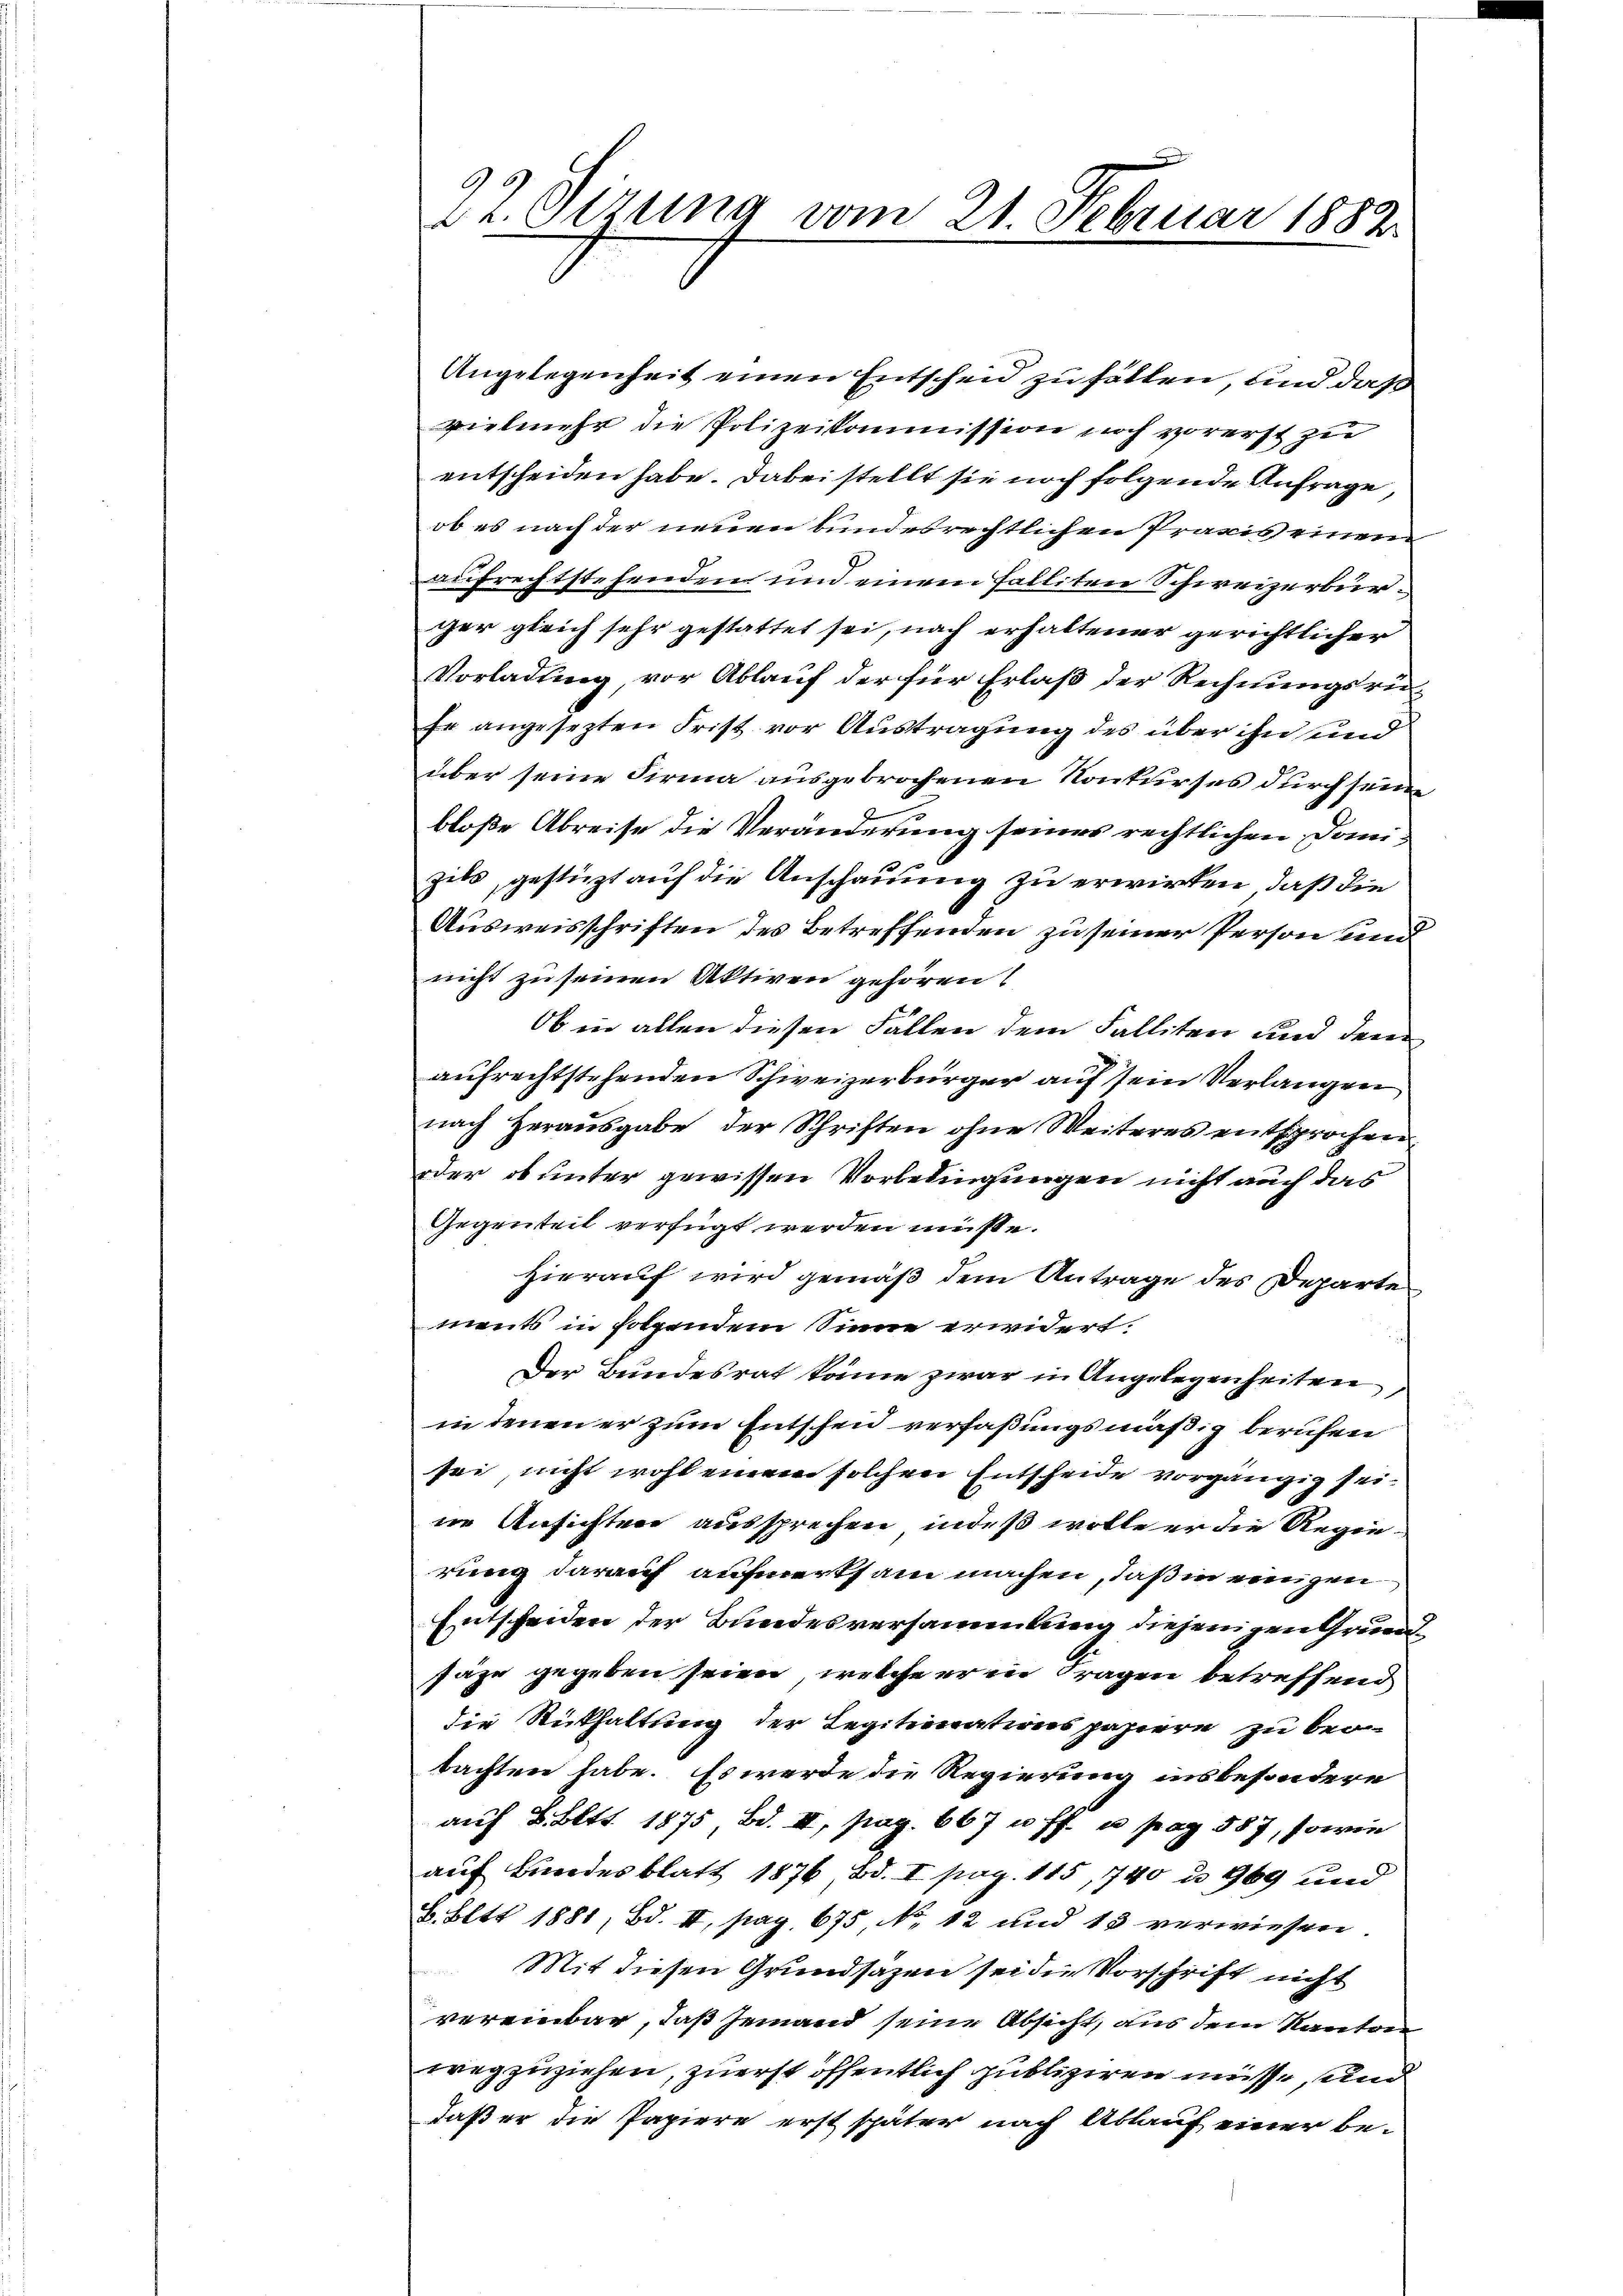
9.
Dr. Sitzung vom 21. Februar 1882

Angelegenheit einen Entscheid zu fällen, und daß
vielmehr die Polizeikommission noch vorerst zu
entscheiden habe. Dabei stellt sie noch folgende Anfrage,
ob es nach der neuen bundesrechtlichen Praxis einen
aufrechtstehendem und einem Falliten Schweizerbürger gleich sehr gestattet sei, nach erhaltener gerichtlicher
Vorladung vor Ablauf der für Erlaß der Rechnungsru-
fe angesezten Frist vor Austragung des über ihn und
über seine Firma ausgebrochenen Konkurses durch seine
bloße Abreise die Veränderung seines rechtlichen Danizils, gestützt auf die Anschauung zu erwirken, daß die
Ausweisschriften des Betreffenden zu seiner Person und
nicht zu seinen Aktiven gehören
Ob in allen diesen Fällen dem Falliten und dem
aufrechtstehenden Schweizerbürger auf sein Verlangen
nach Herausgabe der Schriften ohne Weiteres entsprochen
oder ob unter gewissen Vorbedingungen nicht auch das
Gegenteil verfügt werden müßte.
Hierauf wird gemäß dem Antrage des Departe
ments in folgendem Sinne erwidert.
Der Bundesrat könne zwar in Angelegenheiten,
in denen er zum Entscheid verfaßungsmäßig berufen
sei, nicht wohl einem solchen Entscheide vorgängig seine Ansichten aussprechen, indeß wolle er die Regierung darauf aufmerksam machen, daß in einigen
Entscheiden der Bundesversammlung diejenigen Grundsäge gegeben seien, welche er in Fragen betreffend
die Rückhaltung der Legitionationspapiere zu beotachten habe. Es werde die Regierung insbesondere
auf 8. Bett. 1875, Bd. II, pag. 667 u. ff. u. pag. 587, sowie
auf Bundesblatt 1876 Bd. I pag. 115, 740 u 969 und
8. Bett 1881, Bd. II, pag. 675 No. 12 und 13 verwiesen.
Mit diesen Grundsazen sei die Vorschrift nicht
vereinbar, daß jemand seine Absicht, aus dem Kanton
wegzuziehen, zuerst öffentlich publiziren müsse, und
daß er die Papiere erst später nach Ablauf einer be-